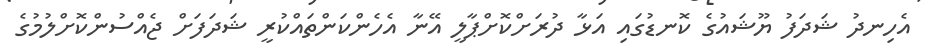
އެހިނދު ޝަދަފު ޔޫޝައުގެ ކޮނޑުގައި އަޅާ ދުރަށްކޮށްޕާލީ އޭނާ އެހެންކަންތައްކުރީ ޝަދަފަށް ޖެއްސުންކޮށްލުމުގެ